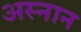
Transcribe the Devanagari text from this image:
अस्नान